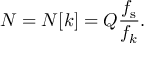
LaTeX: N = N [ k ] = Q { \frac { f _ { \mathrm { s } } } { f _ { k } } } .